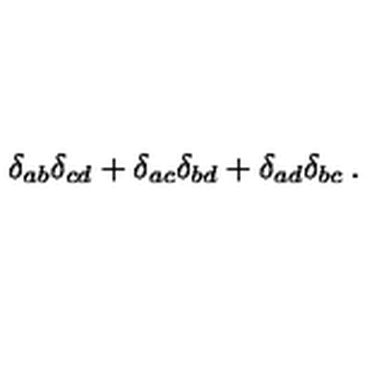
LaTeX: \delta _ { a b } \delta _ { c d } + \delta _ { a c } \delta _ { b d } + \delta _ { a d } \delta _ { b c } \: .